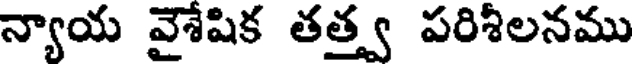
న్యాయ వైశేషిక తత్త్వ పరిశీలనము